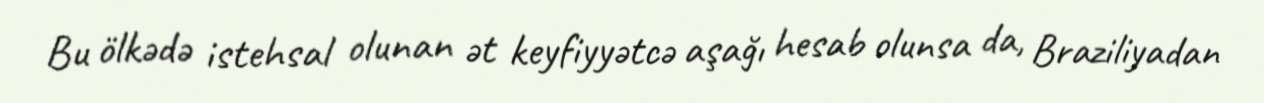
Bu ölkədə istehsal olunan ət keyfiyyətcə aşağı hesab olunsa da, Braziliyadan